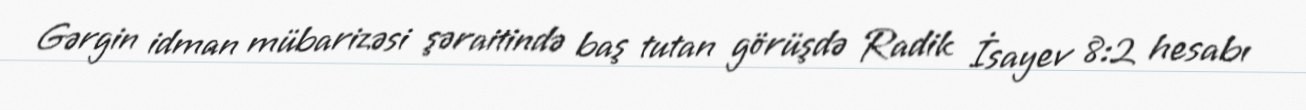
Gərgin idman mübarizəsi şəraitində baş tutan görüşdə Radik İsayev 8:2 hesabı